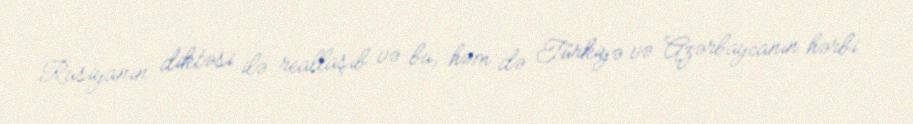
Rusiyanın diktəsi ilə reallaşıb və bu, həm də Türkiyə və Azərbaycanın hərbi